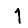
Digit: 1